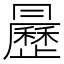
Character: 𣌅